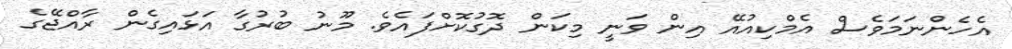
އެހެންނަމަވެސް އެމްކިއުއޭ އިން ވަނީ މިކަން ދޮގުކޮށްފައެވެ. މޫނު ބުރުގާ އަޅައިގެން ރާއްޖޭގެ